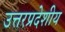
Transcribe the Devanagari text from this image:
उत्तरप्रदेशीय